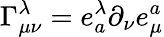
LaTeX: \Gamma_{\mu\nu}^{\lambda}=e_{a}^{\lambda}\partial_{\nu}e_{\mu}^{a}